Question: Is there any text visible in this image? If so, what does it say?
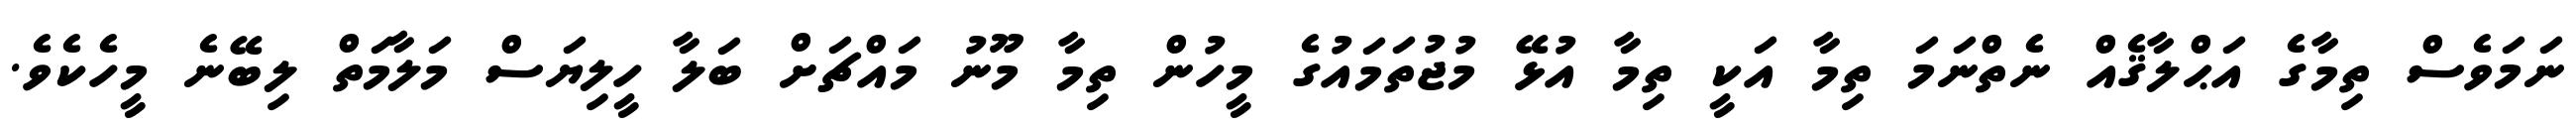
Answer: ނަމަވެސް ތިމާގެ އަޙްލާޤެއް ނެތްނަމަ ތިމާ އަކީ ތިމާ އުޅޭ މުޖުތަމައުގެ މީހުން ތިމާ މޫނު މައްޗަށް ބަލާ ހީލިޔަސް މަލާމަތް ލިބޭނެ މީހެކެވެ.